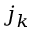
j _ { k }